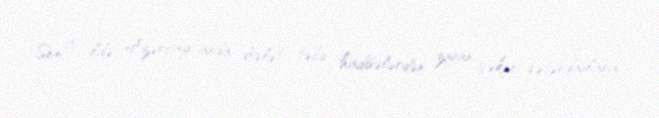
Son 10 ildə Azərbaycanda dövlət təbii hadisələrdən ziyan çəkən vətəndaşlara